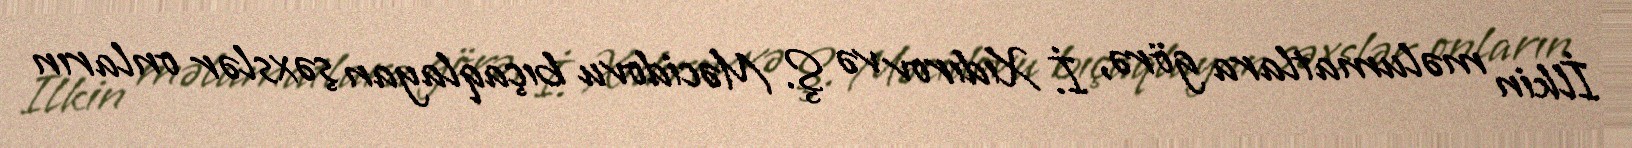
İlkin məlumatlara görə, İ. Xıdırov və Ş. Məcidovu bıçaqlayan şəxslər onların